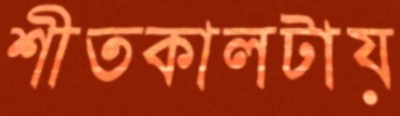
শীতকালটায়